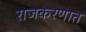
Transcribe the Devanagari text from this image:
राजकरणात